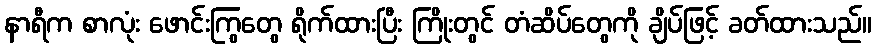
နာရီက စာလုံး ဖောင်းကြွတွေ ရိုက်ထားပြီး ကြိုးတွင် တံဆိပ်တွေကို ချိပ်ဖြင့် ခတ်ထားသည်။